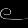
Digit: ၉